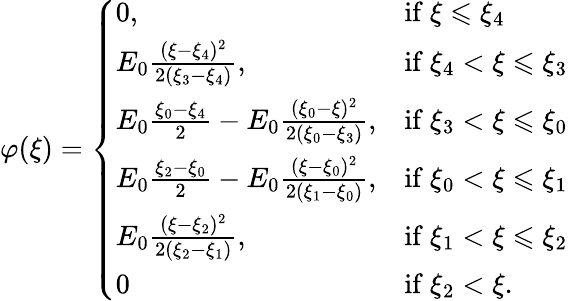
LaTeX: \begin{array}{r}{\varphi(\xi)=\left\{ \begin{array}{ll}{0,}&{\mathrm{if~}\xi\leqslant\xi_{4}}\\ {E_{0}\frac{(\xi-\xi_{4})^{2}}{2(\xi_{3}-\xi_{4})},}&{\mathrm{if~}\xi_{4}<\xi\leqslant\xi_{3}}\\ {E_{0}\frac{\xi_{0}-\xi_{4}}{2}-E_{0}\frac{(\xi_{0}-\xi)^{2}}{2(\xi_{0}-\xi_{3})},}&{\mathrm{if~}\xi_{3}<\xi\leqslant\xi_{0}}\\ {E_{0}\frac{\xi_{2}-\xi_{0}}{2}-E_{0}\frac{(\xi-\xi_{0})^{2}}{2(\xi_{1}-\xi_{0})},}&{\mathrm{if~}\xi_{0}<\xi\leqslant\xi_{1}}\\ {E_{0}\frac{(\xi-\xi_{2})^{2}}{2(\xi_{2}-\xi_{1})},}&{\mathrm{if~}\xi_{1}<\xi\leqslant\xi_{2}}\\ {0}&{\mathrm{if~}\xi_{2}<\xi.}\end{array}\right.}\end{array}